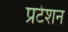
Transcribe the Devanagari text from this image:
प्रटेशन